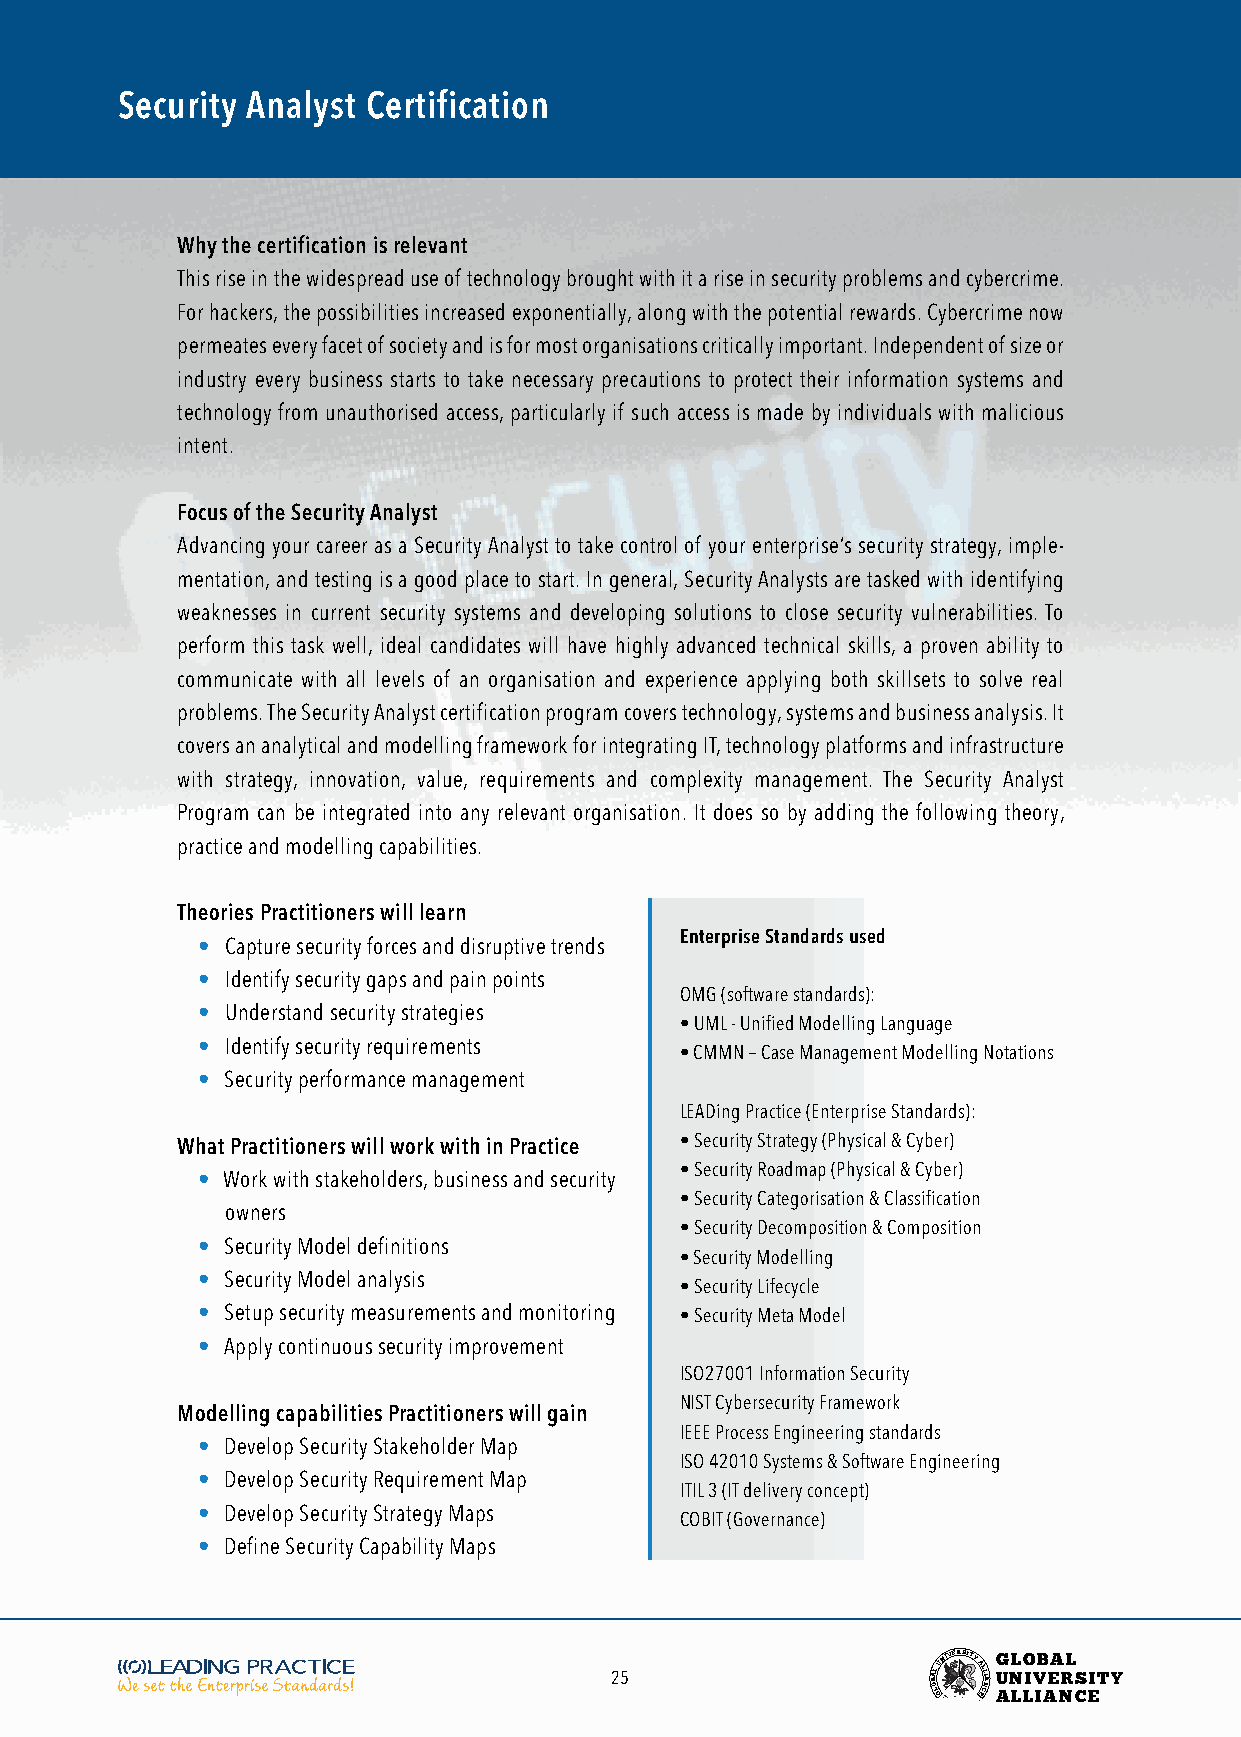
Security Analyst Certification
 Why the certification is relevant
 This rise in the widespread use of technology brought with it a rise in security problems and cybercrime.
 For hackers, the possibilities increased exponentially, along with the potential rewards. Cybercrime now
 permeates every facet of society and is for most organisations critically important. Independent of size or
 industry every business starts to take necessary precautions to protect their information systems and
 technology from unauthorised access, particularly if such access is made by individuals with malicious
 intent.
 Focus of the Security Analyst
 Advancing your career as a Security Analyst to take control of your enterprise’s security strategy, imple-
 mentation, and testing is a good place to start. In general, Security Analysts are tasked with identifying
 weaknesses in current security systems and developing solutions to close security vulnerabilities. To
 perform this task well, ideal candidates will have highly advanced technical skills, a proven ability to
 communicate with all levels of an organisation and experience applying both skillsets to solve real
 problems. The Security Analyst certification program covers technology, systems and business analysis. It
 covers an analytical and modelling framework for integrating IT, technology platforms and infrastructure
 with strategy, innovation, value, requirements and complexity management. The Security Analyst
 Program can be integrated into any relevant organisation. It does so by adding the following theory,
 practice and modelling capabilities.
 Theories Practitioners will learn
 Enterprise Standards used
 • Capture security forces and disruptive trends
 • Identify security gaps and pain points
 OMG (software standards):
 • Understand security strategies
 • UML - Unified Modelling Language
 • Identify security requirements
 • CMMN – Case Management Modelling Notations
 • Security performance management
 LEADing Practice (Enterprise Standards):
 What Practitioners will work with in Practice • Security Strategy (Physical & Cyber)
 • Security Roadmap (Physical & Cyber)
 • Work with stakeholders, business and security
 • Security Categorisation & Classification
 owners
 • Security Decomposition & Composition
 • Security Model definitions
 • Security Modelling
 • Security Model analysis
 • Security Lifecycle
 • Setup security measurements and monitoring • Security Meta Model
 • Apply continuous security improvement
 ISO27001 Information Security
 NIST Cybersecurity Framework
 Modelling capabilities Practitioners will gain
 IEEE Process Engineering standards
 • Develop Security Stakeholder Map
 ISO 42010 Systems & Software Engineering
 • Develop Security Requirement Map
 ITIL 3 (IT delivery concept)
 • Develop Security Strategy Maps
 COBIT (Governance)
 • Define Security Capability Maps
 25                    BOA LL
 GUNIVERSITY
 AL EL CI NA
 G
 U
 ANL LO
 LIV
 IB AEA NRL
 CS EITY